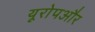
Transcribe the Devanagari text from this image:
यूरोपऔर